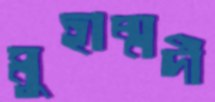
মুহাম্মদী